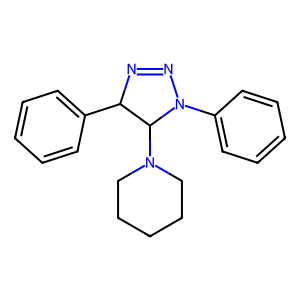
SMILES: c1ccc(C2N=NN(c3ccccc3)C2N2CCCCC2)cc1
Inhibits HIV replication: No